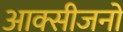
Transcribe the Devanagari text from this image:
आक्सीजनों